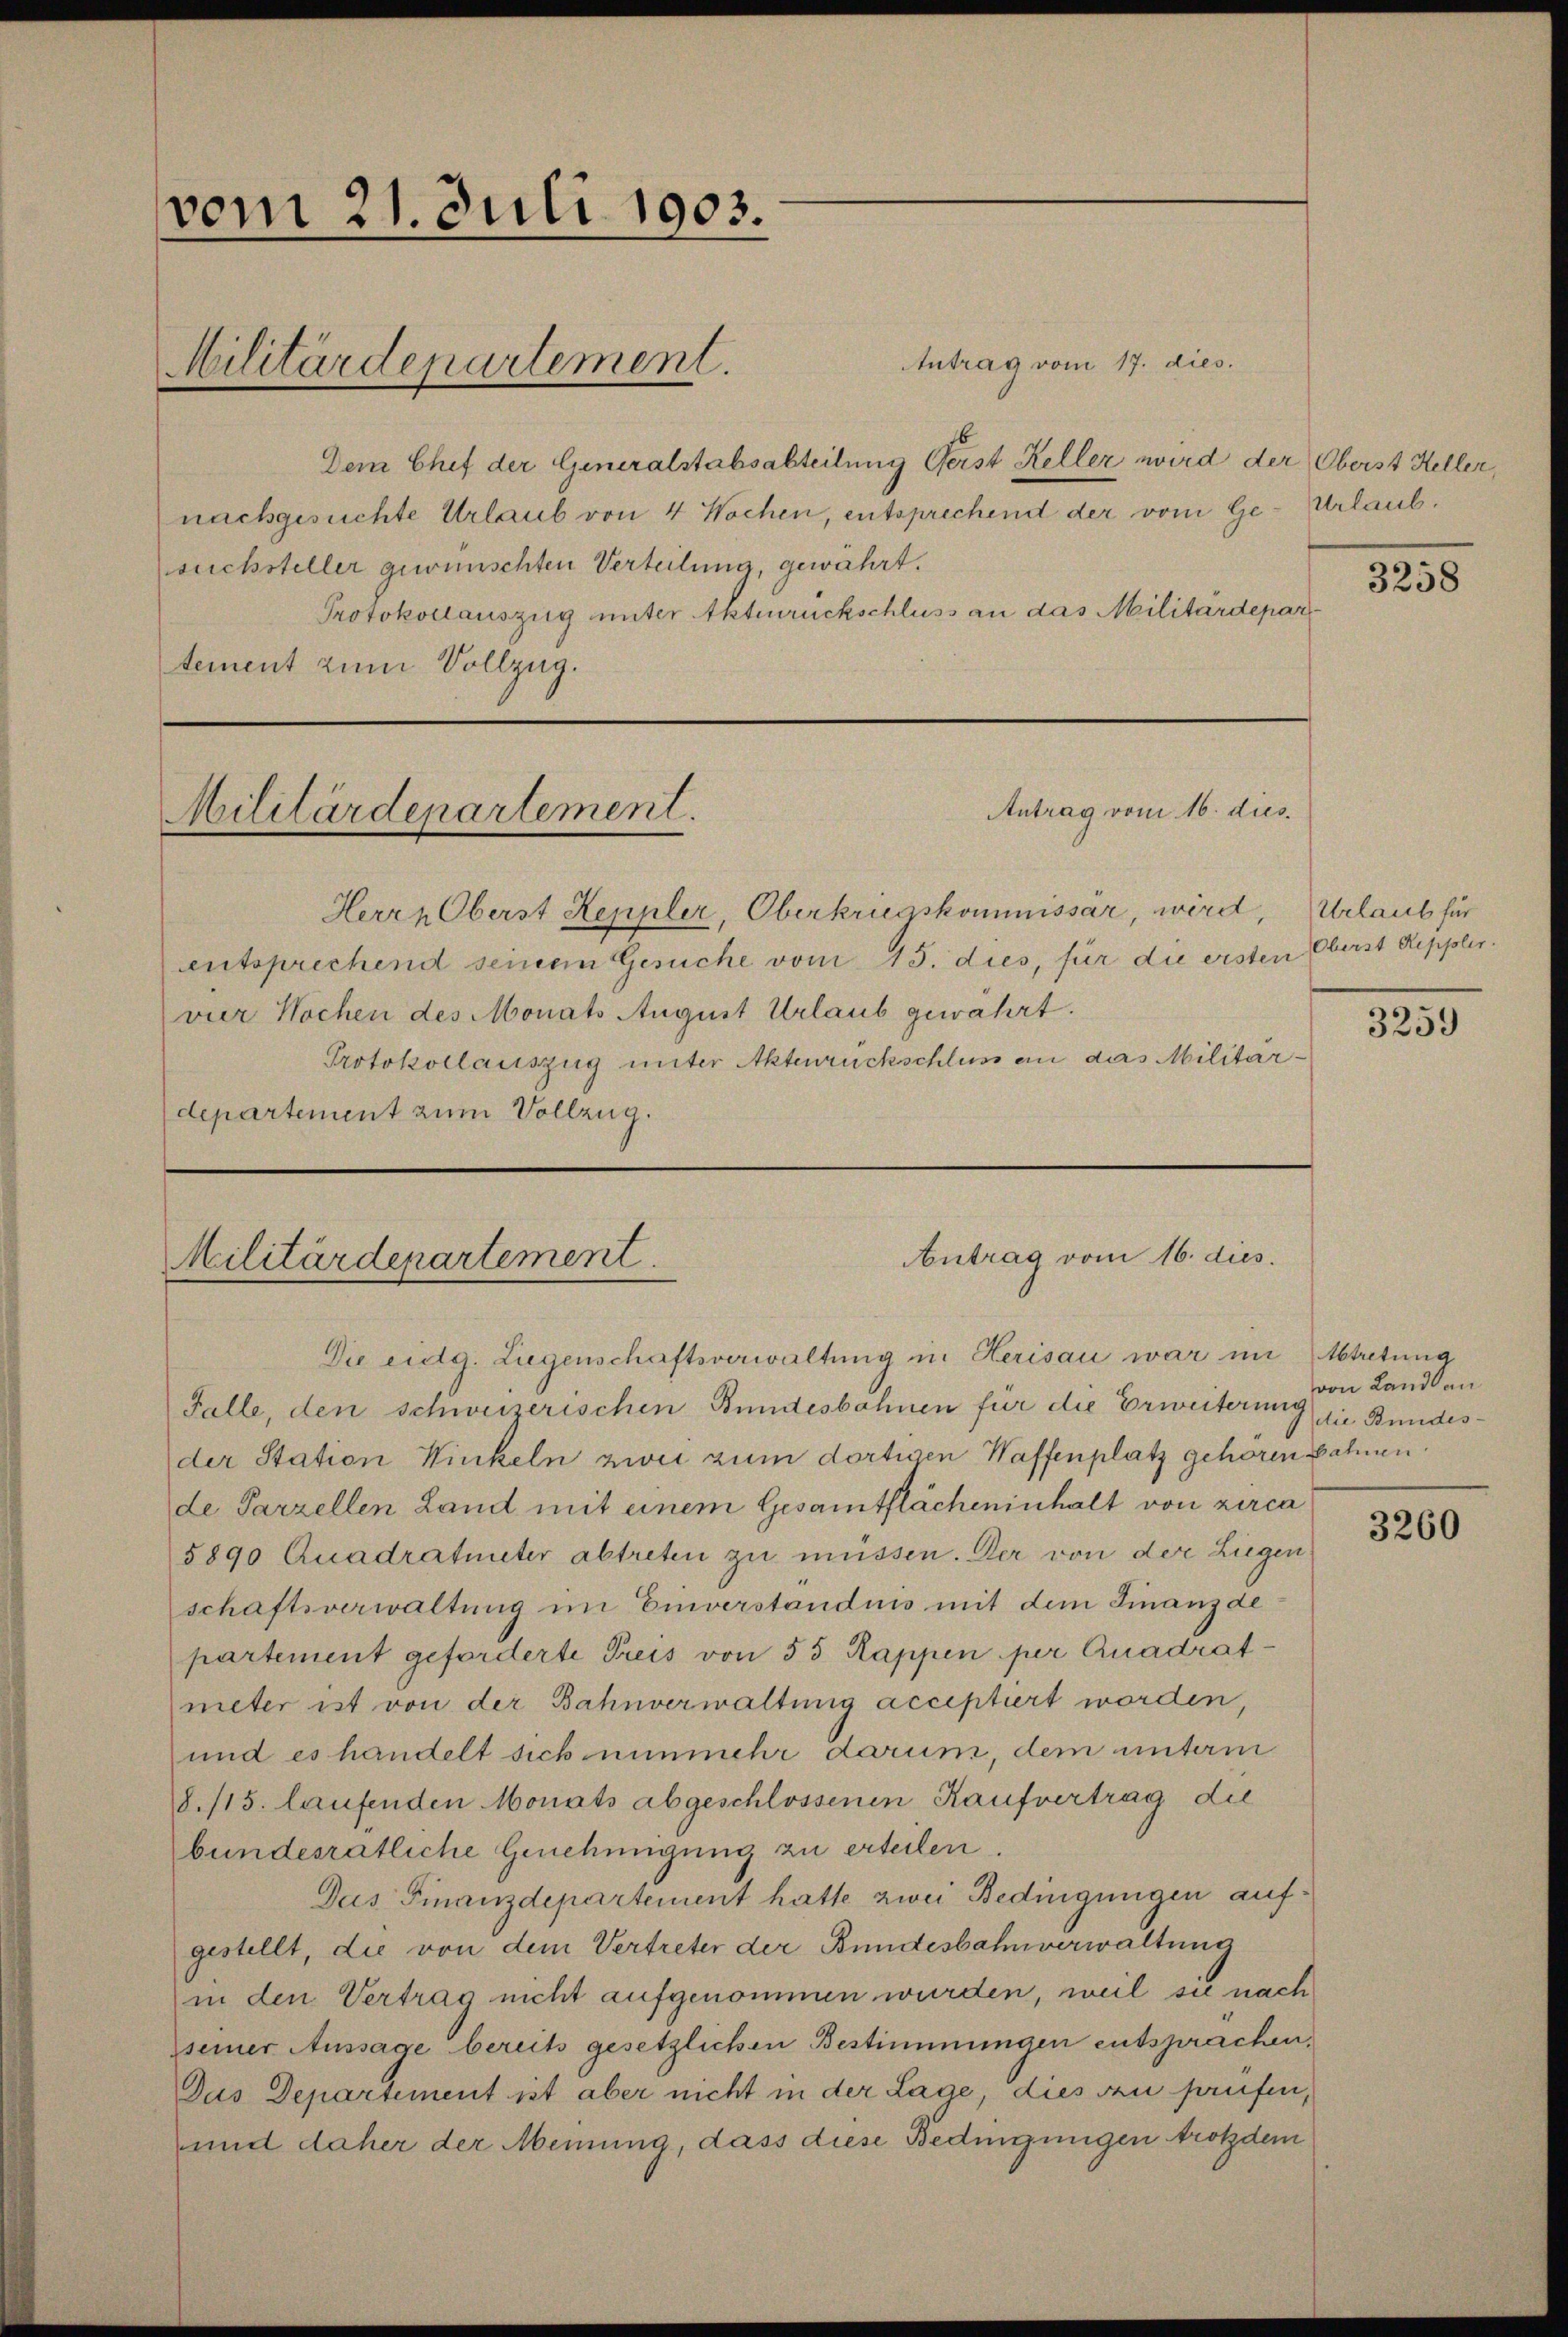
vom 21. Juli 1903.

Antrag vom 17. dies.
Dem Chef der Generalstabsabteilung Gerst Keller wird der Oberst Heller,
nachgesuchte Urlaub von 4 Wochen, entsprechend der vom Ge- Urlaub.
suchsteller gewünschten Verteilung, gewährt.
Protokollauszug unter Aktenrückschluss an das Militärdepar
tement zum Vollzug.

Militärdepartement.

Militärdepartement.

Antrag vom 16. dies

Antrag vom 16. dies.
Militärdepartement.

Die eidg. Liegenschaftsverwaltung in Herisau war im Abtretung
Falle, den schweizerischen Bundesbahnen für die Erweiterung die Bundesder Station Winkeln zwei zum dortigen Waffenplatz gehören bahnen.
de Parzellen Land mit einem Gesamtflächeninhalt von zirca
5890 Quadratmeter abtreten zu müssen. Der von der Liegen
schaftsverwaltung im Einverstandnis mit dem Finanzde
partement geforderte Preis von 55 Rappen per Quadratmeter ist von der Bahnverwaltung acceptiert worden,
und es handelt sich nunmehr darum, dem unterm
8. 115. laufenden Monats abgeschlossenen Kaufvertrag die
bundesratliche Genehmigung zu erteilen.
Das Finanzdepartement hatte zwei Bedingungen aufgestellt, die von dem Vertreter der Bundesbahnverwaltung
in den Vertrag nicht aufgenommen wurden, weil sie nach
sseiner Aussage bereits gesetzlichen Bestimmungen entsprachen,
Das Departement ist aber nicht in der Lage, dies an saufen,
und daher der Meinung, dass diese Bedingungen trotzdem

Herrn Oberst Keppler, Oberkriegskommissär, wird,
entsprechend seinem Gesuche vom 15. dies, für die ersten Oberst Reppler.
vier Wochen des Monats August Urlaub gewahrt.
Protokollauszug unter Aktenrückschluss an das Militardepartement zum Vollzug.

3258

Urlaub für

3259

von Landl an

3260